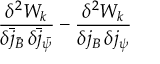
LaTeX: \frac { \delta ^ { 2 } W _ { k } } { \delta \bar { j } _ { \bar { B } } \, \delta \bar { j } _ { \bar { \psi } } } - \frac { \delta ^ { 2 } W _ { k } } { \delta j _ { B } \, \delta j _ { \psi } }